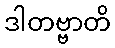
ဒါတဗ္ဗာတိ